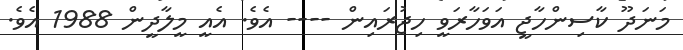
މަނަދޫ ކާސިންހާޖީ އަވަހާރަވީ ހިޖުރައިން ---- އެވެ. އެއީ މީލާދީން 1988 އެވެ.